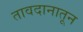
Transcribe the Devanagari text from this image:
तावदानातून